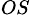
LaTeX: _{OS}